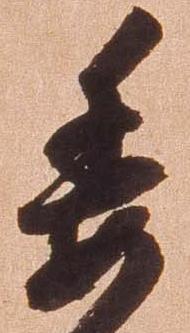
委